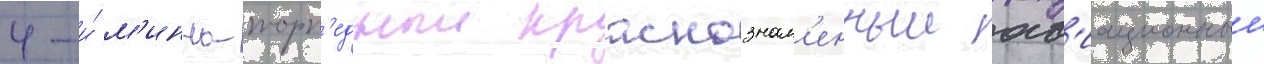
4-и́ м'инно-торп'едныи краснознам'енныи ав'иационныи